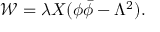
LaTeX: { \mathcal W } = \lambda X ( \phi \bar { \phi } - \Lambda ^ { 2 } ) .